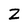
Character: Z